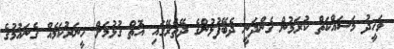
ވަހީދު މަސައްކަތް ކުރަމުން ގެންދަނީ ދެބޭފުޅުންގެ ދޭތެރޭގައި އޮތް ގުޅުމަށް ހީނަރުކަމެއް ގެނައުމުގެ